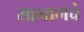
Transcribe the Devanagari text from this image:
सहवागचे